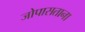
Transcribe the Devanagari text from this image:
जोपासताना